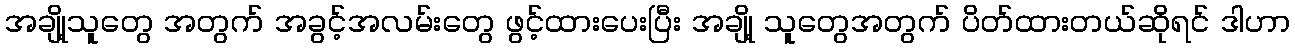
အချို့သူတွေ အတွက် အခွင့်အလမ်းတွေ ဖွင့်ထားပေးပြီး အချို့ သူတွေအတွက် ပိတ်ထားတယ်ဆိုရင် ဒါဟာ